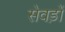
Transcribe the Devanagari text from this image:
सेवड़ों